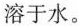
溶于水